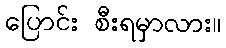
ပြောင်း စီးရမှာလား။